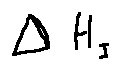
\Delta H _ { I }